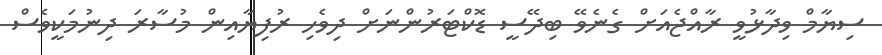
ސިޔާމް ވިދާޅުވީ ރާއްޖެއަށް ގެނެވޭ ބިދޭސީ ޑޮކްޓަރުންނަށް ދިވެހި ރުފިޔާއިން މުސާރަ ދިނުމަކީވެސް